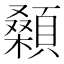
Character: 顙